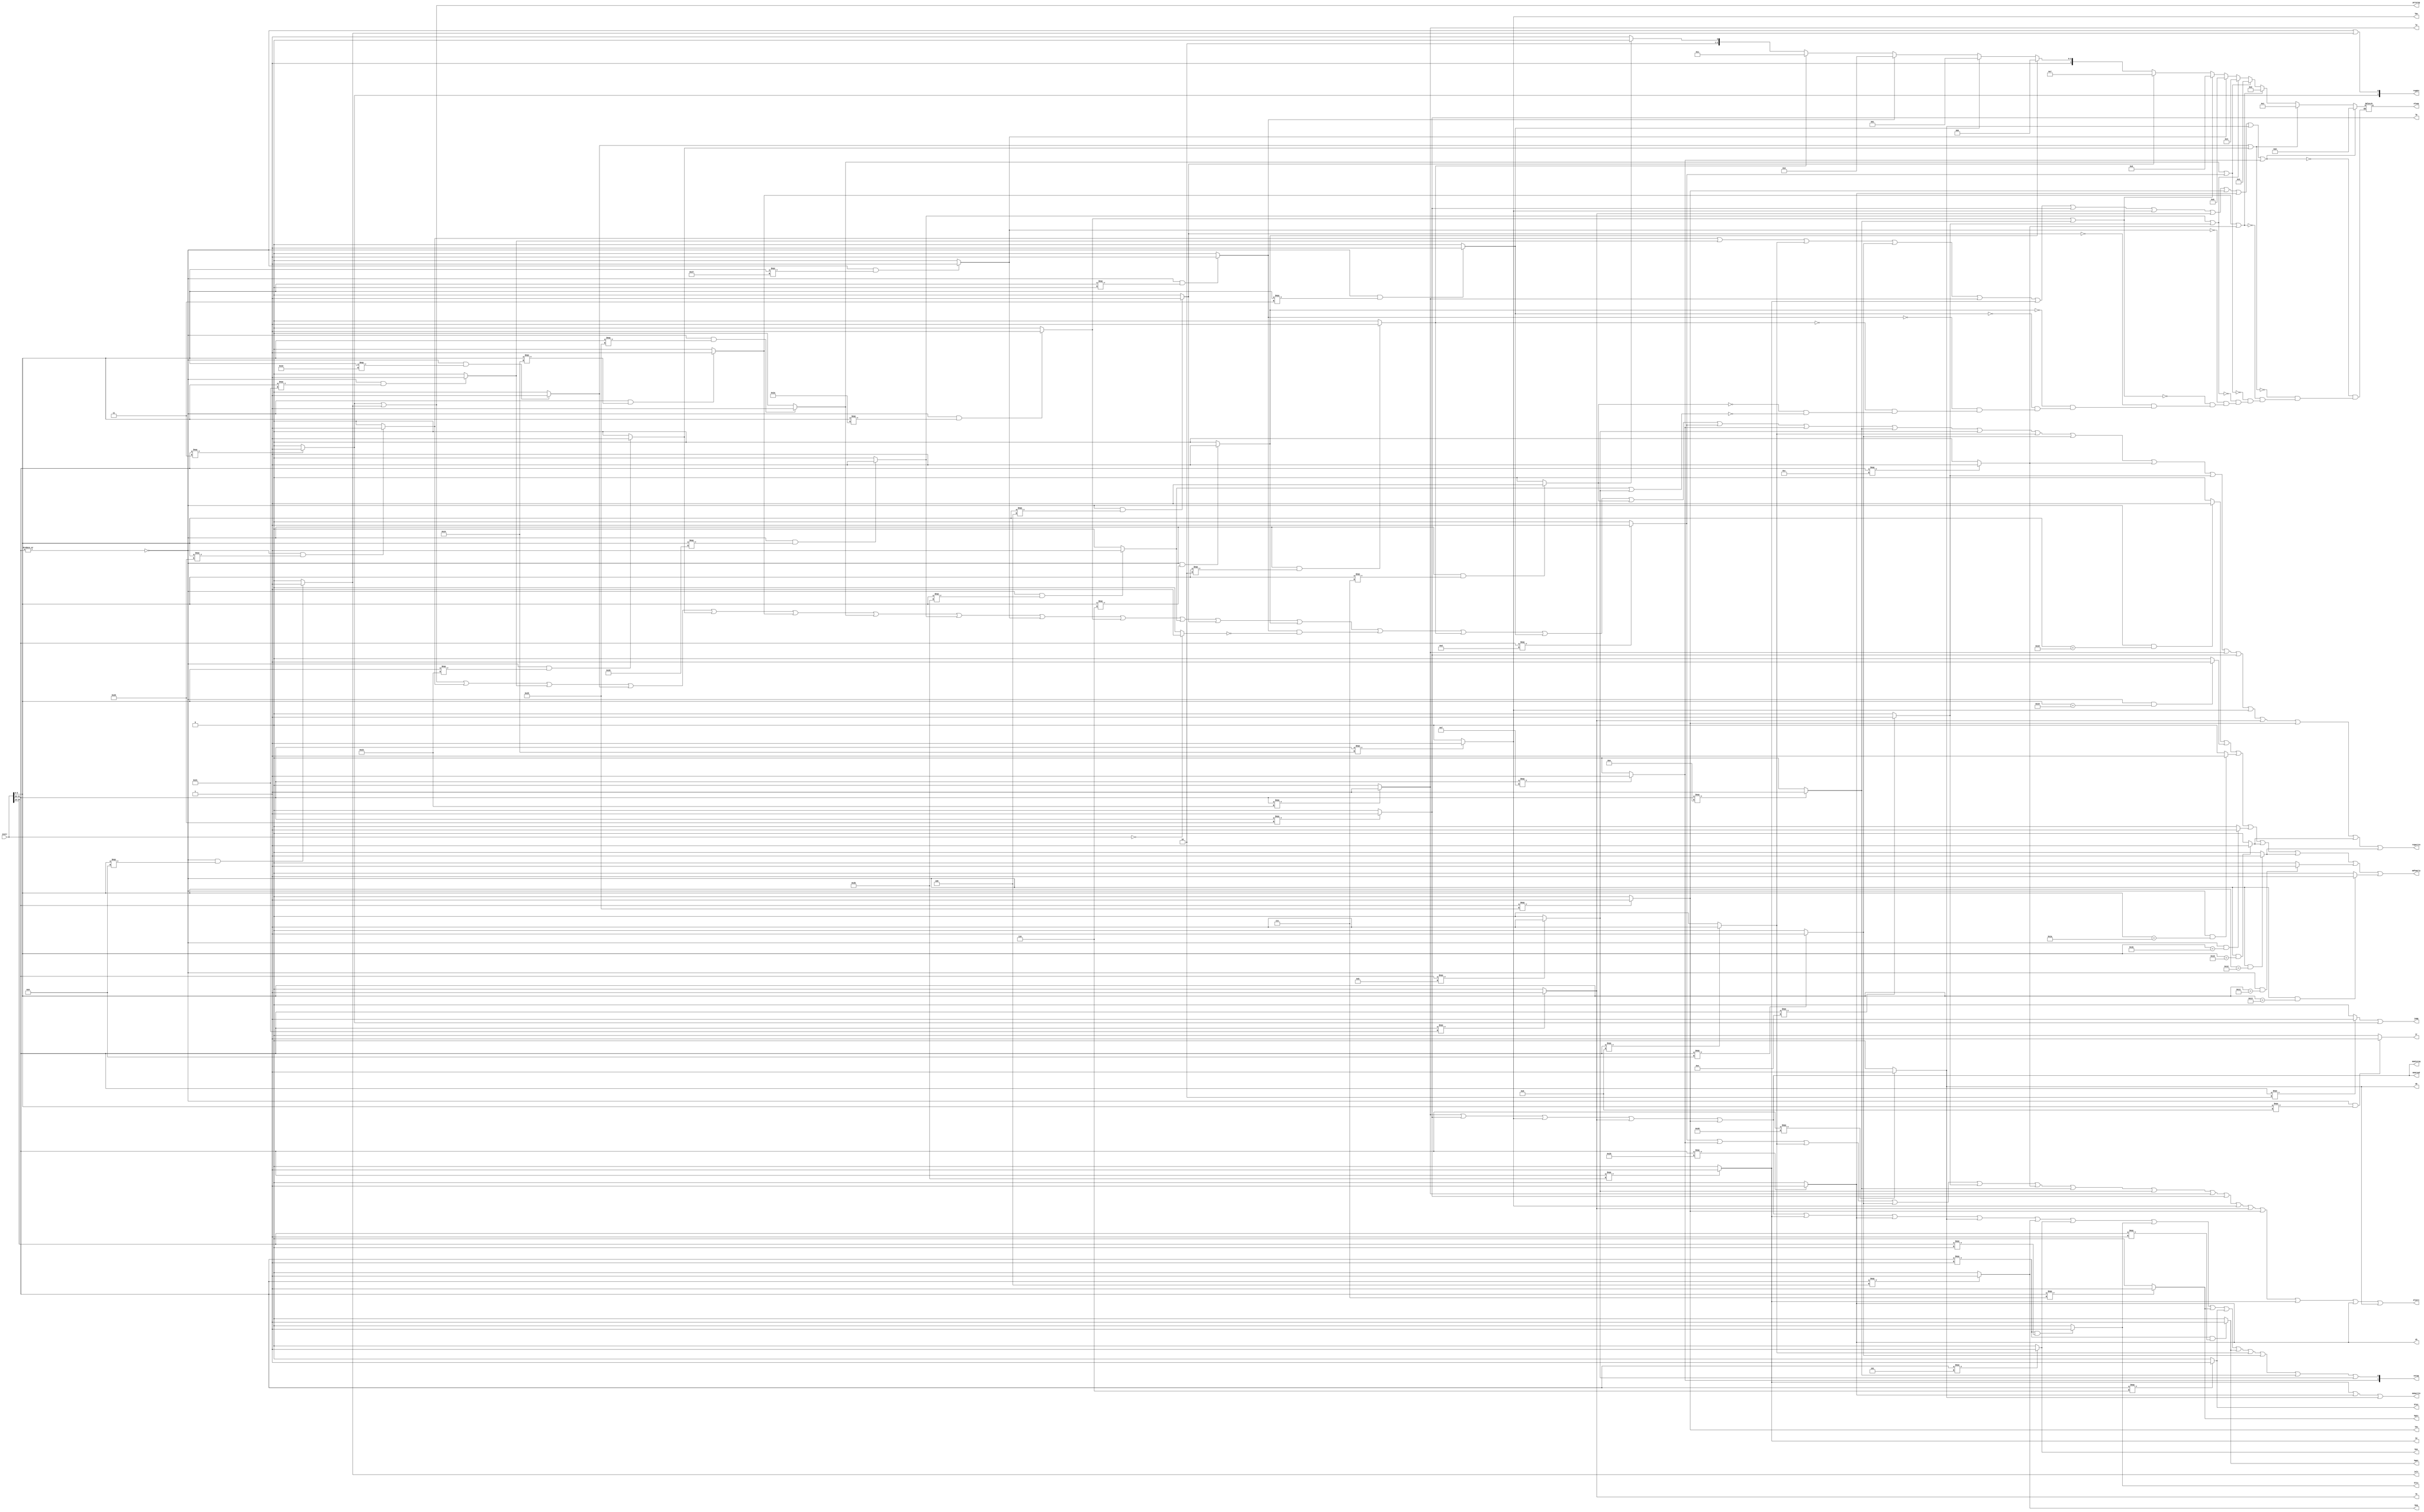
module ctrl(
    input [31:0] instr,
	//branch
    output jr, jalr,
    output jump,
    output beq, bne, bltz, bgtz, blez, bgez,
	//mux select
    output [1:0] regdst,
    output memtoreg,
	output pctoreg,
	output alusrc,
	// read or write enable 
    output regwrite,
    output memread,
    output memwrite,
	//funtion op
    output [1:0] extop,
    output reg [3:0] aluop,
	 //store or write
	 output sw,
	 output sh,
	 output sb,
	 output lw,
	 output lb,
	 output lbu,
	 output lh,
	 output lhu,
	 output mdfamily
    );
	
	wire Rtype = !(|opcode);
	wire [5:0] opcode = instr[31:26];
	wire [5:0] funct = instr[5:0];
	wire [4:0] rt = instr[20:16];

	wire add  = Rtype && (funct === 6'b100000) ? 1 : 0;
	wire addu = Rtype && (funct === 6'b100001) ? 1 : 0;
	wire sub  = Rtype && (funct === 6'b100010) ? 1 : 0;
	wire subu = Rtype && (funct === 6'b100011) ? 1 : 0;
	wire andc = Rtype && (funct === 6'b100100) ? 1 : 0;
	wire orc  = Rtype && (funct === 6'b100101) ? 1 : 0;
	wire xorc = Rtype && (funct === 6'b100110) ? 1 : 0;
	wire norc = Rtype && (funct === 6'b100111) ? 1 : 0;
	wire slt  = Rtype && (funct === 6'b101010) ? 1 : 0;
	wire sltu = Rtype && (funct === 6'b101011) ? 1 : 0;
	wire sll  = Rtype && (funct === 6'b000000) ? 1 : 0;
	wire srl  = Rtype && (funct === 6'b000010) ? 1 : 0;
	wire sra  = Rtype && (funct === 6'b000011) ? 1 : 0;
	wire sllv = Rtype && (funct === 6'b000100) ? 1 : 0;
	wire srlv = Rtype && (funct === 6'b000110) ? 1 : 0;
	wire srav = Rtype && (funct === 6'b000111) ? 1 : 0;
	assign jr = Rtype && (funct === 6'b001000) ? 1 : 0;
	assign jalr = Rtype && (funct === 6'b001001) ? 1 : 0;
	
	
	wire ori = (opcode === 6'b001101) ? 1 : 0;
	wire lui = (opcode === 6'b001111) ? 1 : 0;
	wire addi = (opcode === 6'b001000) ? 1 : 0;
	wire addiu = (opcode === 6'b001001) ? 1 : 0;
	wire andi = (opcode === 6'b001100) ? 1 : 0;
	wire xori = (opcode === 6'b001110) ? 1 : 0;
	wire slti = (opcode === 6'b001010) ? 1 : 0;
	wire sltiu = (opcode === 6'b001011) ? 1 : 0;

	assign lw  = (opcode === 6'b100011) ? 1 : 0;
	assign lb  = (opcode === 6'b100000) ? 1 : 0;
	assign lbu = (opcode === 6'b100100) ? 1 : 0;
	assign lh  = (opcode === 6'b100001) ? 1 : 0;
	assign lhu = (opcode === 6'b100101) ? 1 : 0;

	assign sw  = (opcode === 6'b101011) ? 1 : 0;
	assign sh  = (opcode === 6'b101001) ? 1 : 0;
	assign sb  = (opcode === 6'b101000) ? 1 : 0;

	assign beq = (opcode === 6'b000100) ? 1 : 0;
	assign bne = (opcode === 6'b000101) ? 1 : 0;
	assign bltz = ((opcode === 6'b000001) && (rt === 5'b00000)) ? 1 : 0;
	assign bgtz = (opcode === 6'b000111) ? 1 : 0;
	assign blez = (opcode === 6'b000110) ? 1 : 0;
	assign bgez = ((opcode === 6'b000001) && (rt === 5'b00001)) ? 1 : 0;
	
	wire j   = (opcode === 6'b000010) ? 1 : 0;
	wire jal = (opcode === 6'b000011) ? 1 : 0;
	
	wire nop = (instr == 0) ? 1 : 0;
	
	wire mult =  (Rtype & (funct == 6'b011000)) ? 1 : 0;
	wire div =  (Rtype & (funct == 6'b011010)) ? 1 : 0;
	wire multu =  (Rtype & (funct == 6'b011001)) ? 1 : 0;
	wire divu =  (Rtype & (funct == 6'b011011)) ? 1 : 0;
	wire mfhi =  (Rtype & (funct == 6'b010000)) ? 1 : 0;
	wire mflo =  (Rtype & (funct == 6'b010010)) ? 1 : 0;
	wire mthi=  (Rtype & (funct == 6'b010001)) ? 1 : 0;
	wire mtlo =  (Rtype & (funct == 6'b010011)) ? 1 : 0;
   
	assign mdfamily = mult | multu | div | divu | mfhi | mflo | mthi | mtlo;
	
	
	assign jump = j | jal ;
	
	assign regdst = {jal  , Rtype | jalr};

	assign memtoreg = lw | lb | lbu | lh | lhu ;

	assign pctoreg = jal | jalr;

	assign alusrc = ori | lui | addi | addiu | xori | andi | slti |sltiu
	              | lw | lb | lbu | lh | lhu
					  | sw | sh | sb ;
	
	assign regwrite = jal | jalr
	            | add | addu | sub | subu | andc | orc | xorc | norc | slt | sltu |sllv | srlv | (sll & !nop) | srl | sra | srav | 
					| ori | lui  | slti | sltiu | addi | addiu | andi | xori | 
					| lw | lb | lbu | lh | lhu
					|mfhi|mflo;
	
	assign memread = lw | lb | lbu | lh | lhu;
	assign memwrite = sw | sh | sb;
	
	assign extop = {lui, lw | lb | lbu | lh | lhu
	                | sw | sh | sb
					| beq  | bne | bltz | bgtz | blez | bgez |
					| addi | addiu | slti | sltiu };


	always @ ( * ) begin
			 if (add | addu | addi | addiu| lw | sw | lb | lbu | lh | lhu | sh | sb | lui) aluop <= 4'b0000;
		else if (sub | subu)                aluop <= 4'b0001;
		else if (andc | andi )              aluop <= 4'b0010;
		else if (orc | ori)		            aluop <= 4'b0011;
		else if (xorc | xori)		        aluop <= 4'b0100;
		else if (norc)		                aluop <= 4'b0101;
		else if (slt | slti)		    aluop <= 4'b0110;
		else if (sllv)		                aluop <= 4'b0111; 
		else if (srlv)                      aluop <= 4'b1000;
		else if (sra)	                	aluop <= 4'b1001;
		else if (sll)                       aluop <= 4'b1010;
		else if (srl)		                aluop <= 4'b1011;
		else if (srav)		                aluop <= 4'b1100;
		else if (sltu | sltiu)            aluop <= 4'b1101;
	end
	
endmodule